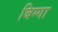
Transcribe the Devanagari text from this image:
बिग्गा